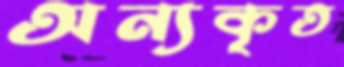
অন্যকৃত